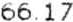
66.17